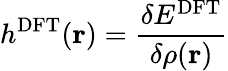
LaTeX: h^{\mathrm{DFT}}(\mathbf{r})=\frac{\delta E^{\mathrm{DFT}}}{\delta\rho(\mathbf{r})}